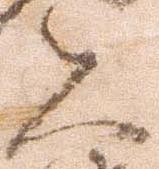
夫